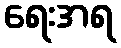
ရေးအရ